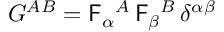
G ^ { A B } = \mathsf { F } _ { \alpha } { } ^ { A } \, \mathsf { F } _ { \beta } { } ^ { B } \, \delta ^ { \alpha \beta }